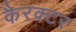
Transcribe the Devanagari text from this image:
कैरक्टर